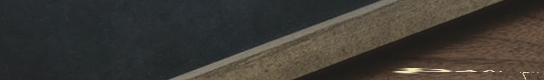
صالون حلاقة رجالي   نقدم